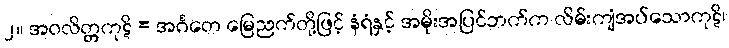
၂။ အဝလိတ္တကုဋိ = အင်္ဂတေ မြေညက်တို့ဖြင့် နံရံနှင့် အမိုးအပြင်ဘက်က လိမ်းကျံအပ်သောကုဋိ၊